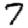
Digit: 7